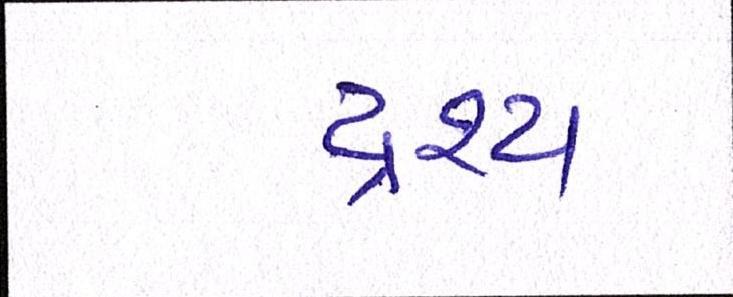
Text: દ્રશ્યઃ